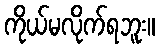
ကိုယ်မလိုက်ရဘူး။